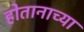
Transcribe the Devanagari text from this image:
होतानाच्या